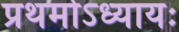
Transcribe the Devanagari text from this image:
प्रथमोऽध्यायः